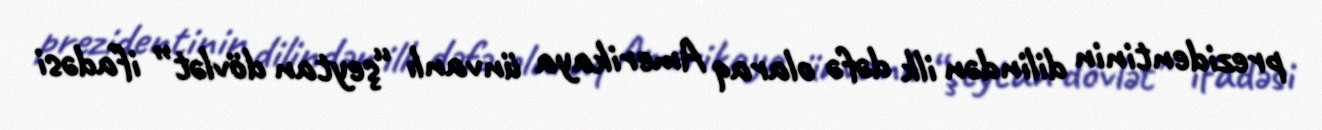
prezidentinin dilindən ilk dəfə olaraq Amerikaya ünvanlı “şeytan dövlət” ifadəsi